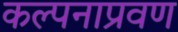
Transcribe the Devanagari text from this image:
कल्पनाप्रवण